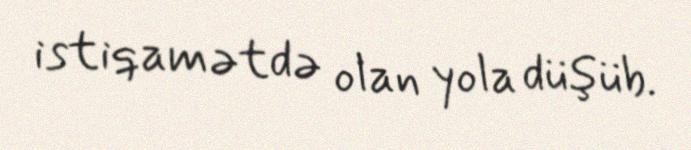
istiqamətdə olan yola düşüb.